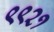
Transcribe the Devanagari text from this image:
९९२१